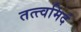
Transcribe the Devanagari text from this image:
तत्त्वमिदं